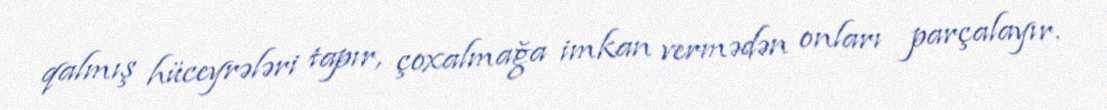
qalmış hüceyrələri tapır, çoxalmağa imkan vermədən onları parçalayır.